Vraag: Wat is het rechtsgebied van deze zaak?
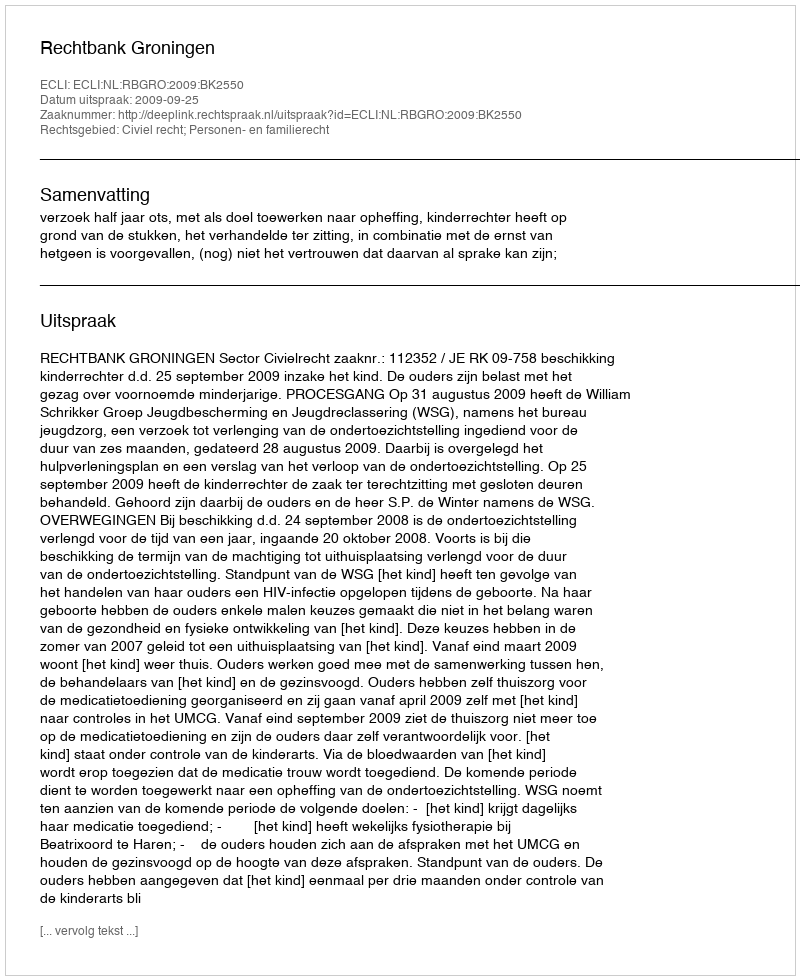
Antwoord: Civiel recht; Personen- en familierecht